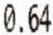
0.64